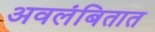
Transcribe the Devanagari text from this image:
अवलंबितात